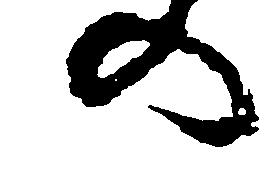
の